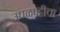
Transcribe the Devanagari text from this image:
उधळपट्टीचा